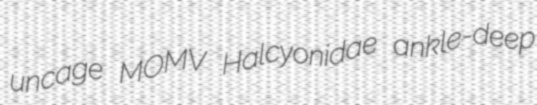
uncage MOMV Halcyonidae ankle-deep